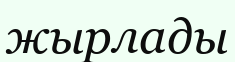
жырлады